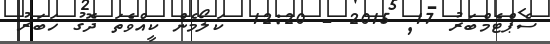
ސެޕްޓެމްބަރު 17